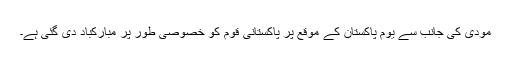
مودی کی جانب سے یوم پاکستان کے موقع پر پاکستانی قوم کو خصوصی طور پر مبارکباد دی گئی ہے۔